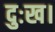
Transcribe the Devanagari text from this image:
दुःख।